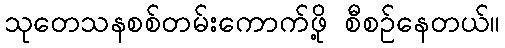
သုတေသနစစ်တမ်းကောက်ဖို့ စီစဉ်နေတယ်။